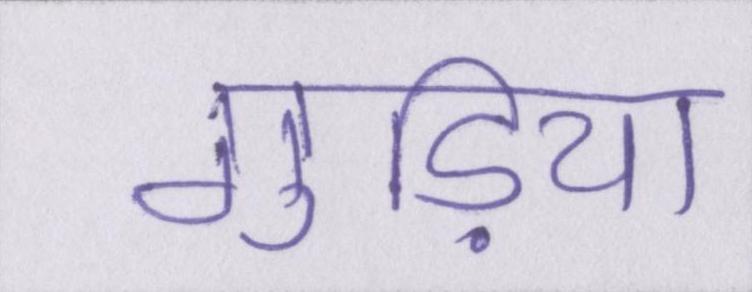
गुड़िया